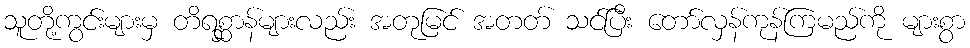
သူတို့ကွင်းများမှ တိရစ္ဆာန်များလည်း အတုမြင် အတတ် သင်ပြီး တော်လှန်ကုန်ကြမည်ကို များစွာ